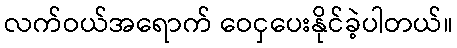
လက်ဝယ်အရောက် ဝေငှပေးနိုင်ခဲ့ပါတယ်။